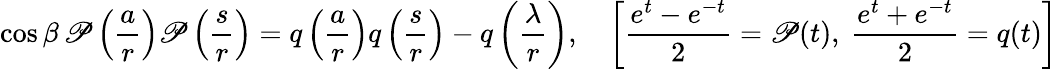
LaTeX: \cos\beta\, \mathscr{P}\left({\frac{{a}}{{r}}}\right)\mathscr{P}\left({\frac{{s}}{{r}}}\right)=q\left({\frac{{a}}{{r}}}\right)q\left({\frac{{s}}{{r}}}\right)-q\left({\frac{{\lambda}}{{r}}}\right),\quad\left[{\frac{{e^{t}-e^{-t}}}{{2}}}=\mathscr{P}(t),\ {\frac{{e^{t}+e^{-t}}}{{2}}}=q(t)\right]